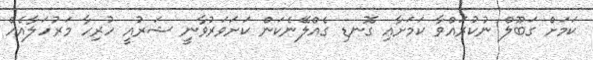
ކަމަށް ގަބޫލް ނުކުރައްވާ ކަމަށާއި ގޮނޑި ގެއްލޭނެކަން ކަށަވަރުވާނީ ޝަރުއީ ހުރިހާ މަރުހަލާއެއް